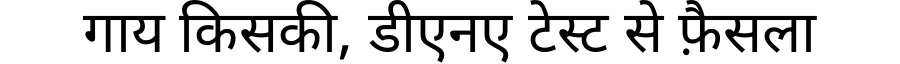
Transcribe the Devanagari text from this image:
गाय किसकी, डीएनए टेस्ट से फ़ैसला